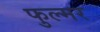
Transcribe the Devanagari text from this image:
फुल्मर